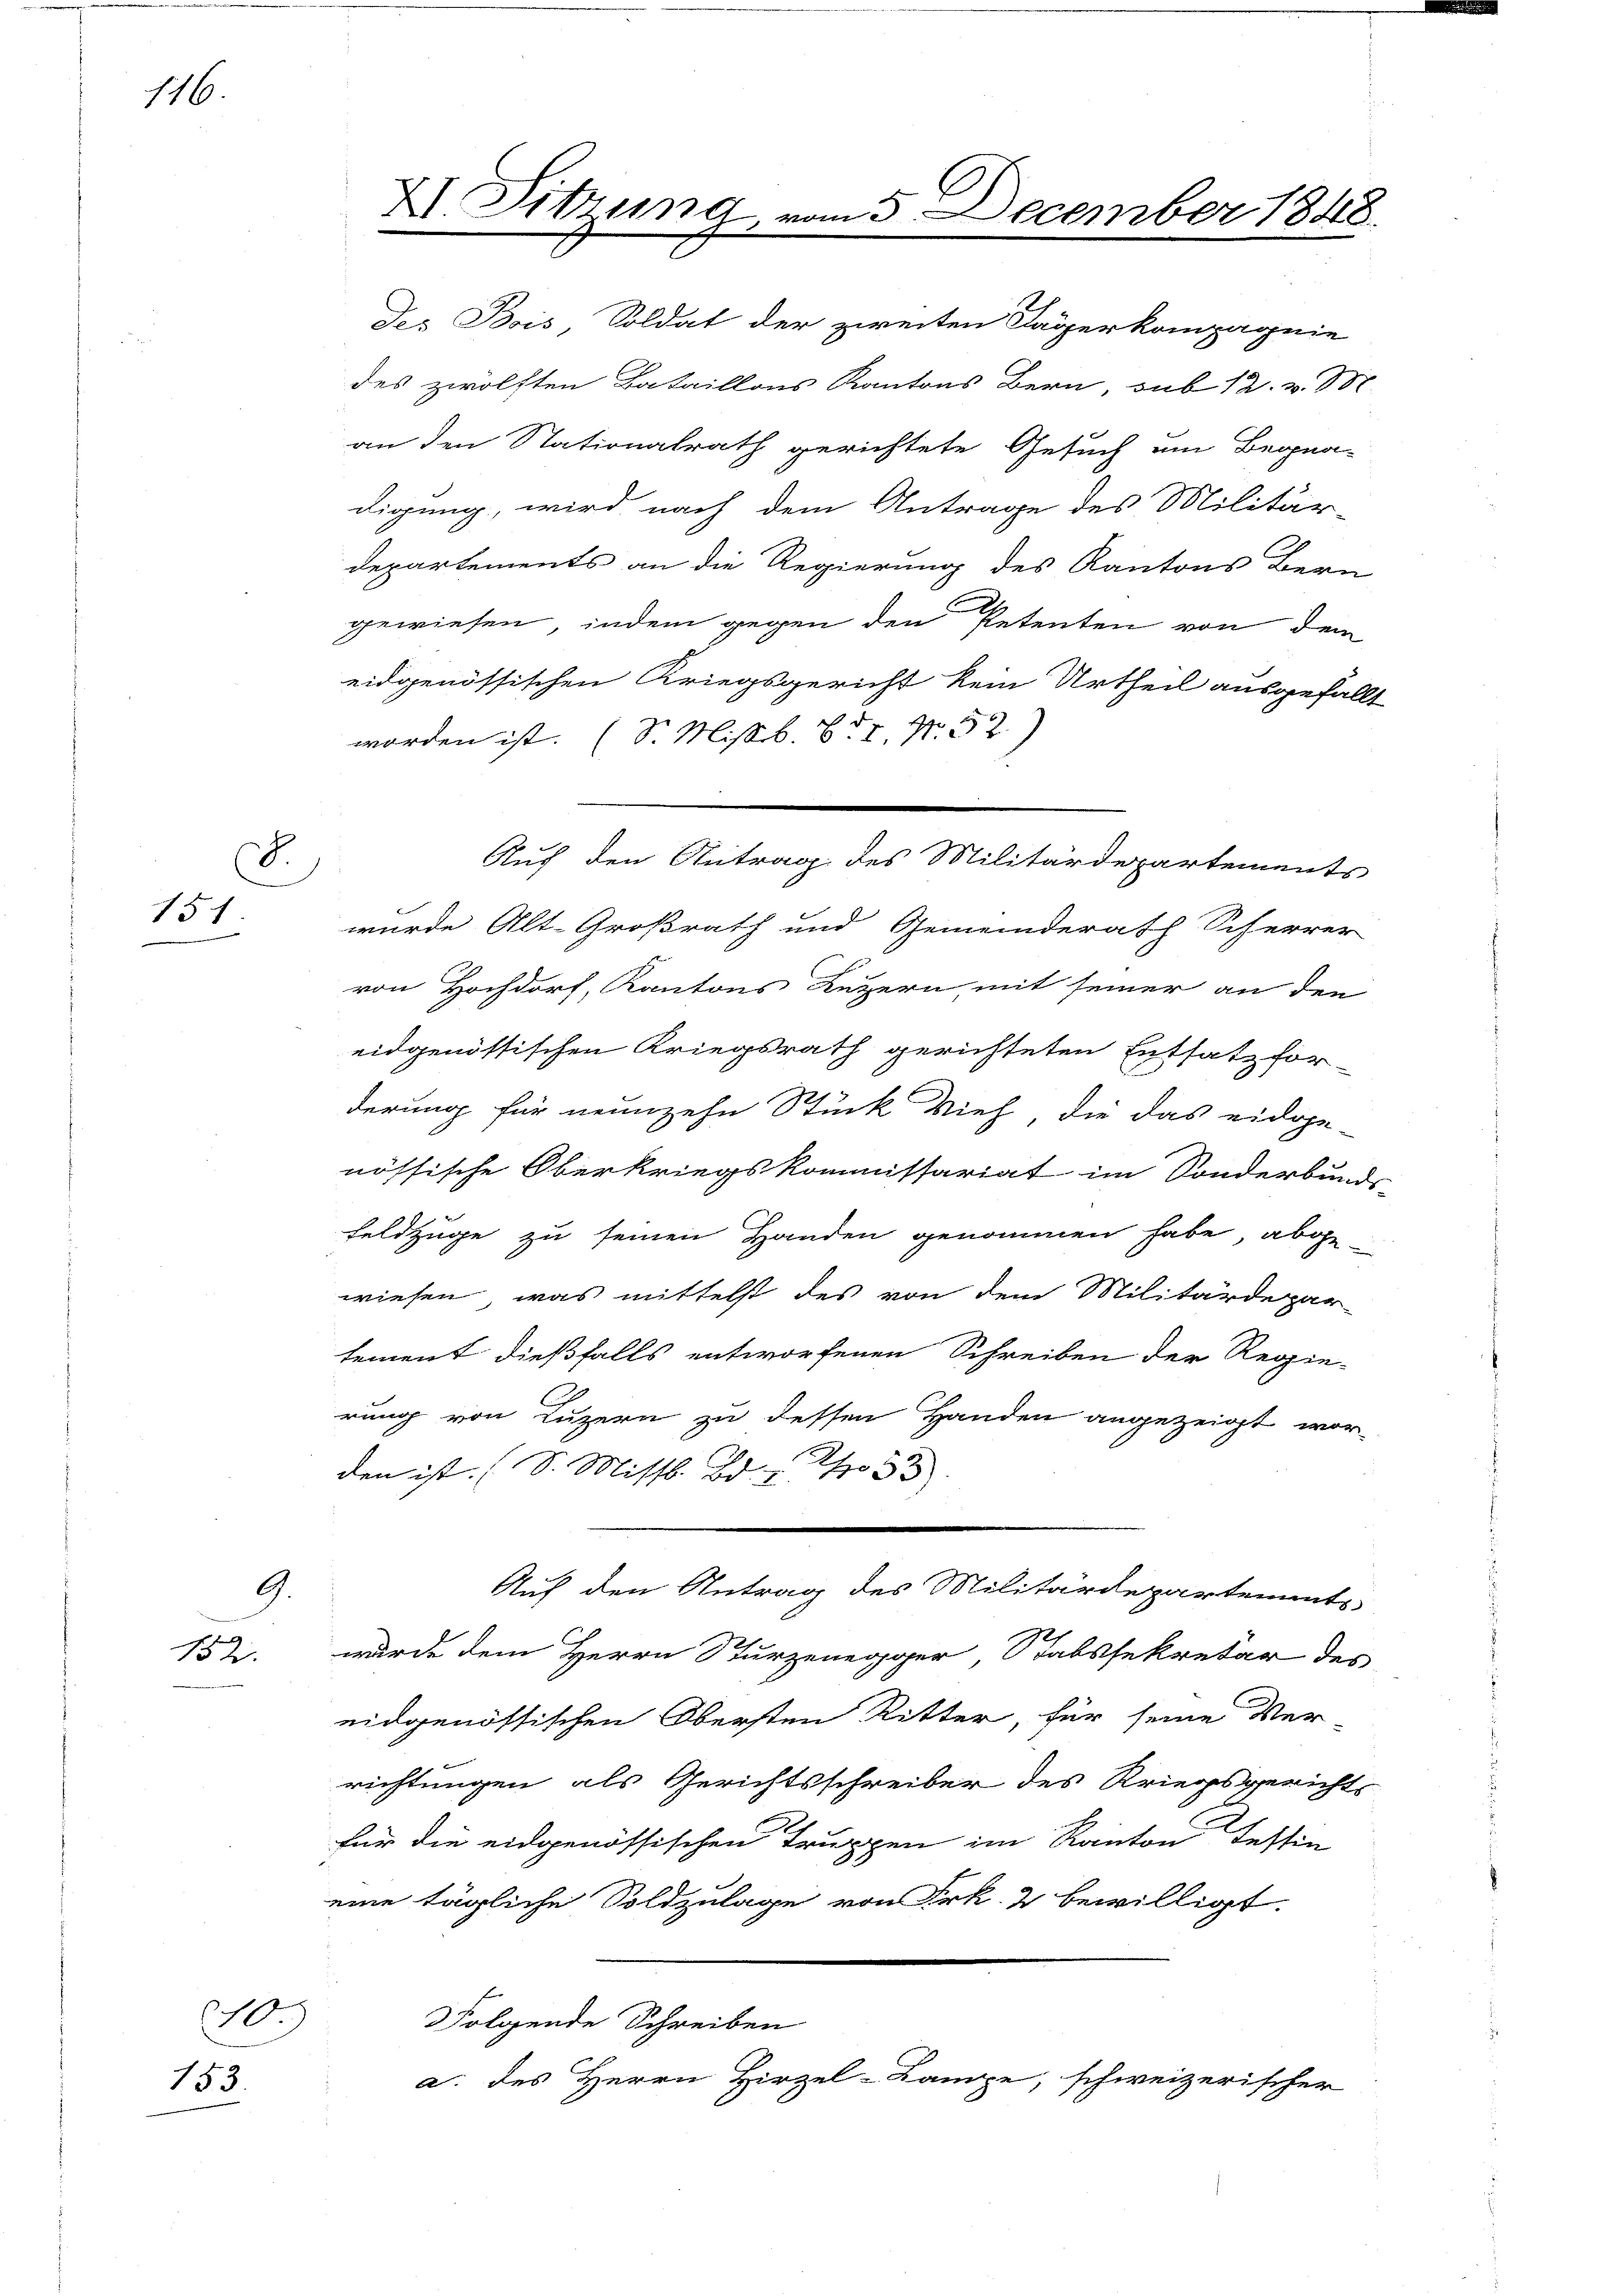
176.

ch
154

9.
152.

)
153.

des Bois Soldat der zweiten Tägerkompagnie
des zwölften Bataillons Kantons Bern, sub 12. v. 18.
an den Nationalrath gerichtete Gesuch am Begna-
digung, wird nach dem Antrage des Militär-
Departements an die Regierung des Kantons Bern
gewiesen, indem gegen den Petenten von dem
eidgenössischen Kriegsgericht kein Urtheil ausgefällt
d
worden ist. (S. Missb. B. I. N. 52)
¬
wurde Alt-Großrath und Gemeinderath Scherrer
von Hochdorf, Kantons Luzern, mit seiner an den
eidgenössischen Kriegsrath gerichteten Entsatzfor-
derung für neunzehn Stück Vieh, die das eidge-
nössische Oberkriegskommissariat im Sonderbunds-
Feldzüge zu seinen Handen genommen habe, abgewiesen, was mittelst des von dem Militärdepar-
tement dießfalls entworfenen Schreiben der Regie-
rung von Luzern zu dessen Handen angezeigt wor-
den ist. (S. Missl. Bd. I S. 33
Auf den Antrag des Militärdepartements
wurde dem Herrn Sturzenegger Stabssekretär des
eidgenössischen Obersten Ritter, für seine Ver-
richtungen als Gerichtsschreiber des Kriegsgerichts
für die eidgenössischen Truppen im Kanton Tessin
eine tägliche Soldzulage von Frk. 2 bewilligt.
Folgende Schreiben
a. des Herrn Hirzel-Lampe, schweizerischer

XI. Sitzung

Auf den Antrag des Militärdepartements

nd December 1848.